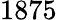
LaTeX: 1875